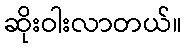
ဆိုးဝါးလာတယ်။